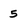
Character: 5